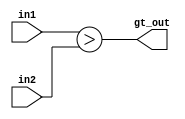
module greater_than_for_af #(parameter WIDTH = 4) (in1, in2, gt_out);

input [WIDTH-1:0] in1, in2;
output            gt_out;

assign gt_out = (({1'b0,in1}) > ({1'b0,in2}));

endmodule